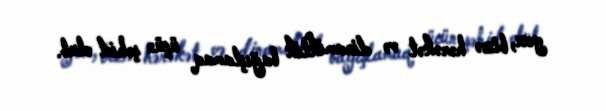
yox, bizə hərəkət və dinamiklik bağışlamaq üçün şəhid olub.